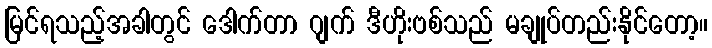
မြင်ရသည့်အခါတွင် ဒေါက်တာ ဂျက် ဒီဟိုးဗစ်သည် မချုပ်တည်းနိုင်တော့။